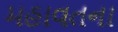
મહાવતના